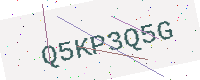
Text: Q5KP3Q5G